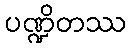
ပဏ္ဍိတဿ